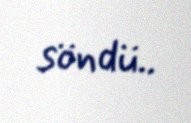
söndü..